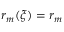
r _ { m } ( \xi ) = r _ { m }